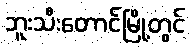
ဘူးသီးတောင်မြို့တွင်